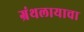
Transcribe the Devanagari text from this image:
ग्रंथलायाचा